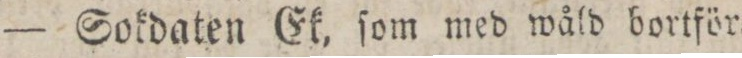
— Sokdaten Ek, ſom med wåld bortför=